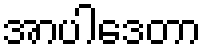
အာပါဒေတာ